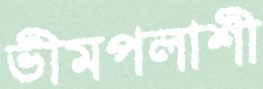
ভীমপলাশী